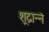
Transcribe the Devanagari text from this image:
शूद्रान्नं